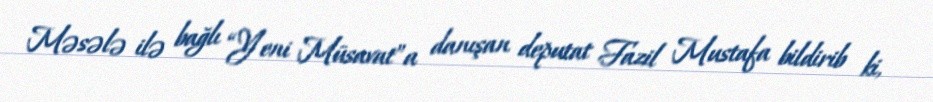
Məsələ ilə bağlı “Yeni Müsavat”a danışan deputat Fazil Mustafa bildirib ki,